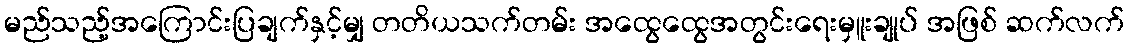
မည်သည့်အကြောင်းပြချက်နှင့်မျှ တတိယသက်တမ်း အထွေထွေအတွင်းရေးမှူးချုပ် အဖြစ် ဆက်လက်